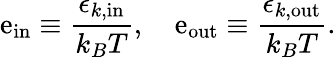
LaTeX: \mathrm{e}_{\mathrm{{in}}}\equiv\frac{{\epsilon_{k,\mathrm{{in}}}}}{{k_{B}T}},\quad\mathrm{e}_{\mathrm{{out}}}\equiv\frac{{\epsilon_{k,\mathrm{{out}}}}}{{k_{B}T}}.